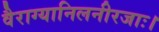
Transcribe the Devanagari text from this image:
वैराग्यानिलनीरजाः।